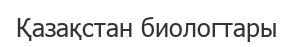
Қазақстан биологтары